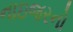
નાઇજરનો